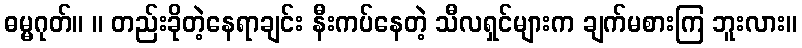
ဓမ္မဂုတ်။ ။ တည်းခိုတဲ့နေရာချင်း နီးကပ်နေတဲ့ သီလရှင်များက ချက်မစားကြ ဘူးလား။